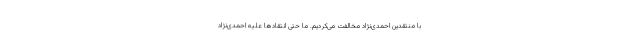
با منتقدین احمدی‌نژاد مخالفت می‌کردیم. ما حتی انتقادها علیه احمدی‌نژاد